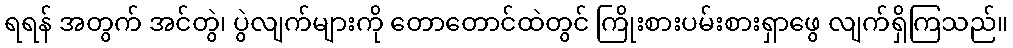
ရရန် အတွက် အင်တွဲ၊ ပွဲလျက်များကို တောတောင်ထဲတွင် ကြိုးစားပမ်းစားရှာဖွေ လျက်ရှိကြသည်။